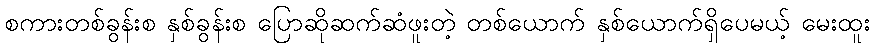
စကားတစ်ခွန်းစ နှစ်ခွန်းစ ပြောဆိုဆက်ဆံဖူးတဲ့ တစ်ယောက် နှစ်ယောက်ရှိပေမယ့် မေးထူး